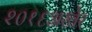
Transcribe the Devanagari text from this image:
२०१६अखेर